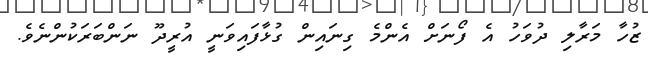
ޒުހާ މަރާލި ދުވަހު އެ ފޯނަށް އެންމެ ގިނައިން ގުޅާފައިވަނީ އުރީދޫ ނަންބަރަކުންނެވެ.